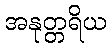
အနုတ္တရိယ